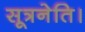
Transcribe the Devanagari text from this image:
सूत्रनेति।